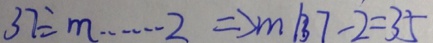
3 7 \div \cdots 2 \Rightarrow m \vert 3 7 - 2 = 3 5